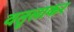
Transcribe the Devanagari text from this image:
वतृलाकर